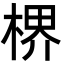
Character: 楐